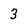
Character: 3